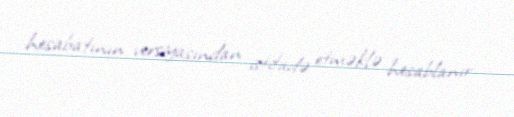
hesabatının versiyasından istifadə etməklə hesablanır.